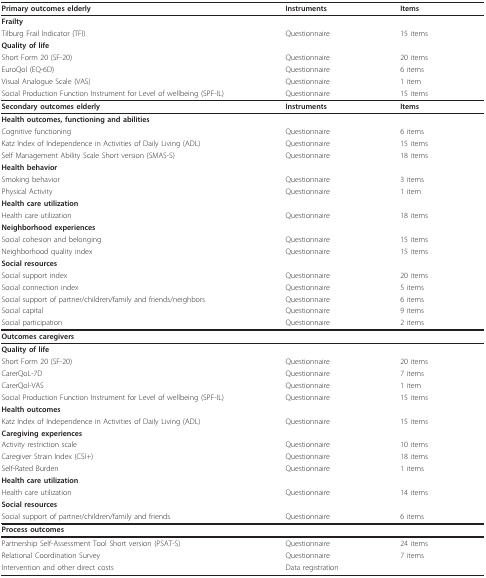
<table><thead><tr><td><b>Primary outcomes elderly</b></td><td><b>Instruments</b></td><td><b>Items</b></td></tr></thead><tbody><tr><td><b>Frailty</b></td><td></td><td></td></tr><tr><td>Tilburg Frail Indicator (TFI)</td><td>Questionnaire</td><td>15 items</td></tr><tr><td><b>Quality of life</b></td><td></td><td></td></tr><tr><td>Short Form 20 (SF-20)</td><td>Questionnaire</td><td>20 items</td></tr><tr><td>EuroQol (EQ-6D)</td><td>Questionnaire</td><td>6 items</td></tr><tr><td>Visual Analogue Scale (VAS)</td><td>Questionnaire</td><td>1 item</td></tr><tr><td>Social Production Function Instrument for Level of wellbeing (SPF-IL)</td><td>Questionnaire</td><td>15 items</td></tr><tr><td><b>Secondary outcomes elderly</b></td><td><b>Instruments</b></td><td><b>Items</b></td></tr><tr><td><b>Health outcomes, functioning and abilities</b></td><td></td><td></td></tr><tr><td>Cognitive functioning</td><td>Questionnaire</td><td>6 items</td></tr><tr><td>Katz Index of Independence in Activities of Daily Living (ADL)</td><td>Questionnaire</td><td>15 items</td></tr><tr><td>Self Management Ability Scale Short version (SMAS-S)</td><td>Questionnaire</td><td>18 items</td></tr><tr><td><b>Health behavior</b></td><td></td><td></td></tr><tr><td>Smoking behavior</td><td>Questionnaire</td><td>3 items</td></tr><tr><td>Physical Activity</td><td>Questionnaire</td><td>1 item</td></tr><tr><td><b>Health care utilization</b></td><td></td><td></td></tr><tr><td>Health care utilization</td><td>Questionnaire</td><td>18 items</td></tr><tr><td><b>Neighborhood experiences</b></td><td></td><td></td></tr><tr><td>Social cohesion and belonging</td><td>Questionnaire</td><td>15 items</td></tr><tr><td>Neighborhood quality index</td><td>Questionnaire</td><td>15 items</td></tr><tr><td><b>Social resources</b></td><td></td><td></td></tr><tr><td>Social support index</td><td>Questionnaire</td><td>20 items</td></tr><tr><td>Social connection index</td><td>Questionnaire</td><td>5 items</td></tr><tr><td>Social support of partner/children/family and friends/neighbors</td><td>Questionnaire</td><td>6 items</td></tr><tr><td>Social capital</td><td>Questionnaire</td><td>9 items</td></tr><tr><td>Social participation</td><td>Questionnaire</td><td>2 items</td></tr><tr><td><b>Outcomes caregivers</b></td><td></td><td></td></tr><tr><td><b>Quality of life</b></td><td></td><td></td></tr><tr><td>Short Form 20 (SF-20)</td><td>Questionnaire</td><td>20 items</td></tr><tr><td>CarerQoL-7D</td><td>Questionnaire</td><td>7 items</td></tr><tr><td>CarerQol-VAS</td><td>Questionnaire</td><td>1 item</td></tr><tr><td>Social Production Function Instrument for Level of wellbeing (SPF-IL)</td><td>Questionnaire</td><td>15 items</td></tr><tr><td><b>Health outcomes</b></td><td></td><td></td></tr><tr><td>Katz Index of Independence in Activities of Daily Living (ADL)</td><td>Questionnaire</td><td>15 items</td></tr><tr><td><b>Caregiving experiences</b></td><td></td><td></td></tr><tr><td>Activity restriction scale</td><td>Questionnaire</td><td>10 items</td></tr><tr><td>Caregiver Strain Index (CSI+)</td><td>Questionnaire</td><td>18 items</td></tr><tr><td>Self-Rated Burden</td><td>Questionnaire</td><td>1 items</td></tr><tr><td><b>Health care utilization</b></td><td></td><td></td></tr><tr><td>Health care utilization</td><td>Questionnaire</td><td>14 items</td></tr><tr><td><b>Social resources</b></td><td></td><td></td></tr><tr><td>Social support of partner/children/family and friends</td><td>Questionnaire</td><td>6 items</td></tr><tr><td><b>Process outcomes</b></td><td></td><td></td></tr><tr><td>Partnership Self-Assessment Tool Short version (PSAT-S)</td><td>Questionnaire</td><td>24 items</td></tr><tr><td>Relational Coordination Survey</td><td>Questionnaire</td><td>7 items</td></tr><tr><td>Intervention and other direct costs</td><td>Data registration</td><td></td></tr></tbody></table>